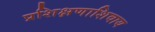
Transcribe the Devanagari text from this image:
प्रशिक्षणाशिवाय